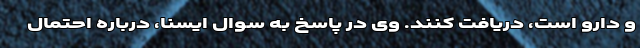
و دارو است، دریافت کنند. وی در پاسخ به سوال ایسنا، درباره احتمال